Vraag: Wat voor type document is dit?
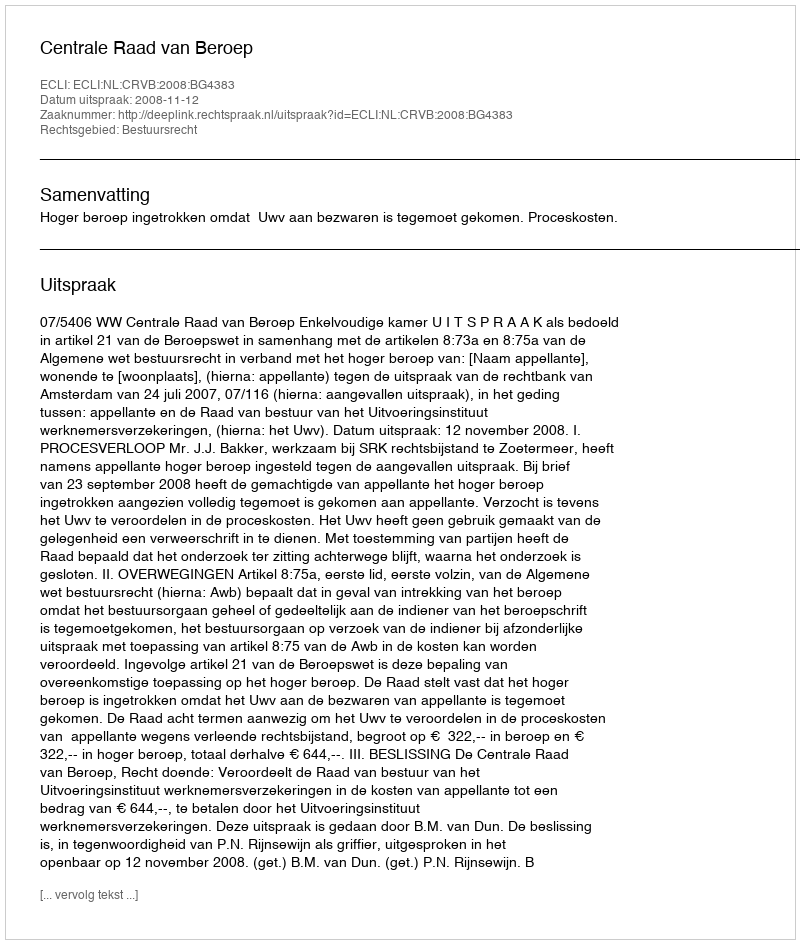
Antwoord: Uitspraak